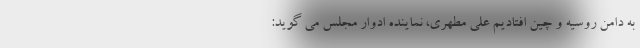
به دامن روسیه و چین افتادیم علی مطهری، نماینده ادوار مجلس می گوید: